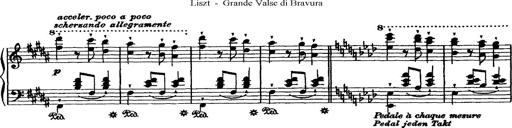
Title: Grande valse di bravura
Composer: Franz Liszt